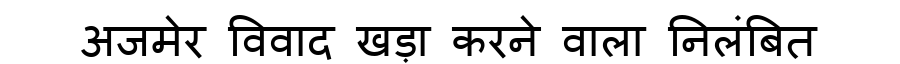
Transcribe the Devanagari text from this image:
अजमेर विवाद खड़ा करने वाला निलंबित